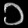
Digit: ၁